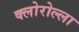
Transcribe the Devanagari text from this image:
क्लोरोल्ला